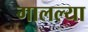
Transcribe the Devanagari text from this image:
गालल्या